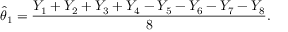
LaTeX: { \widehat { \theta } } _ { 1 } = { \frac { Y _ { 1 } + Y _ { 2 } + Y _ { 3 } + Y _ { 4 } - Y _ { 5 } - Y _ { 6 } - Y _ { 7 } - Y _ { 8 } } { 8 } } .